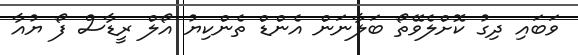
ވަބައި ދިގު ކޮށްލެވޭތޯ ބަލާނަން އެންޑް ތެންކިޔު އޯލް ރީޑާސް ފޯ ޔުއާ